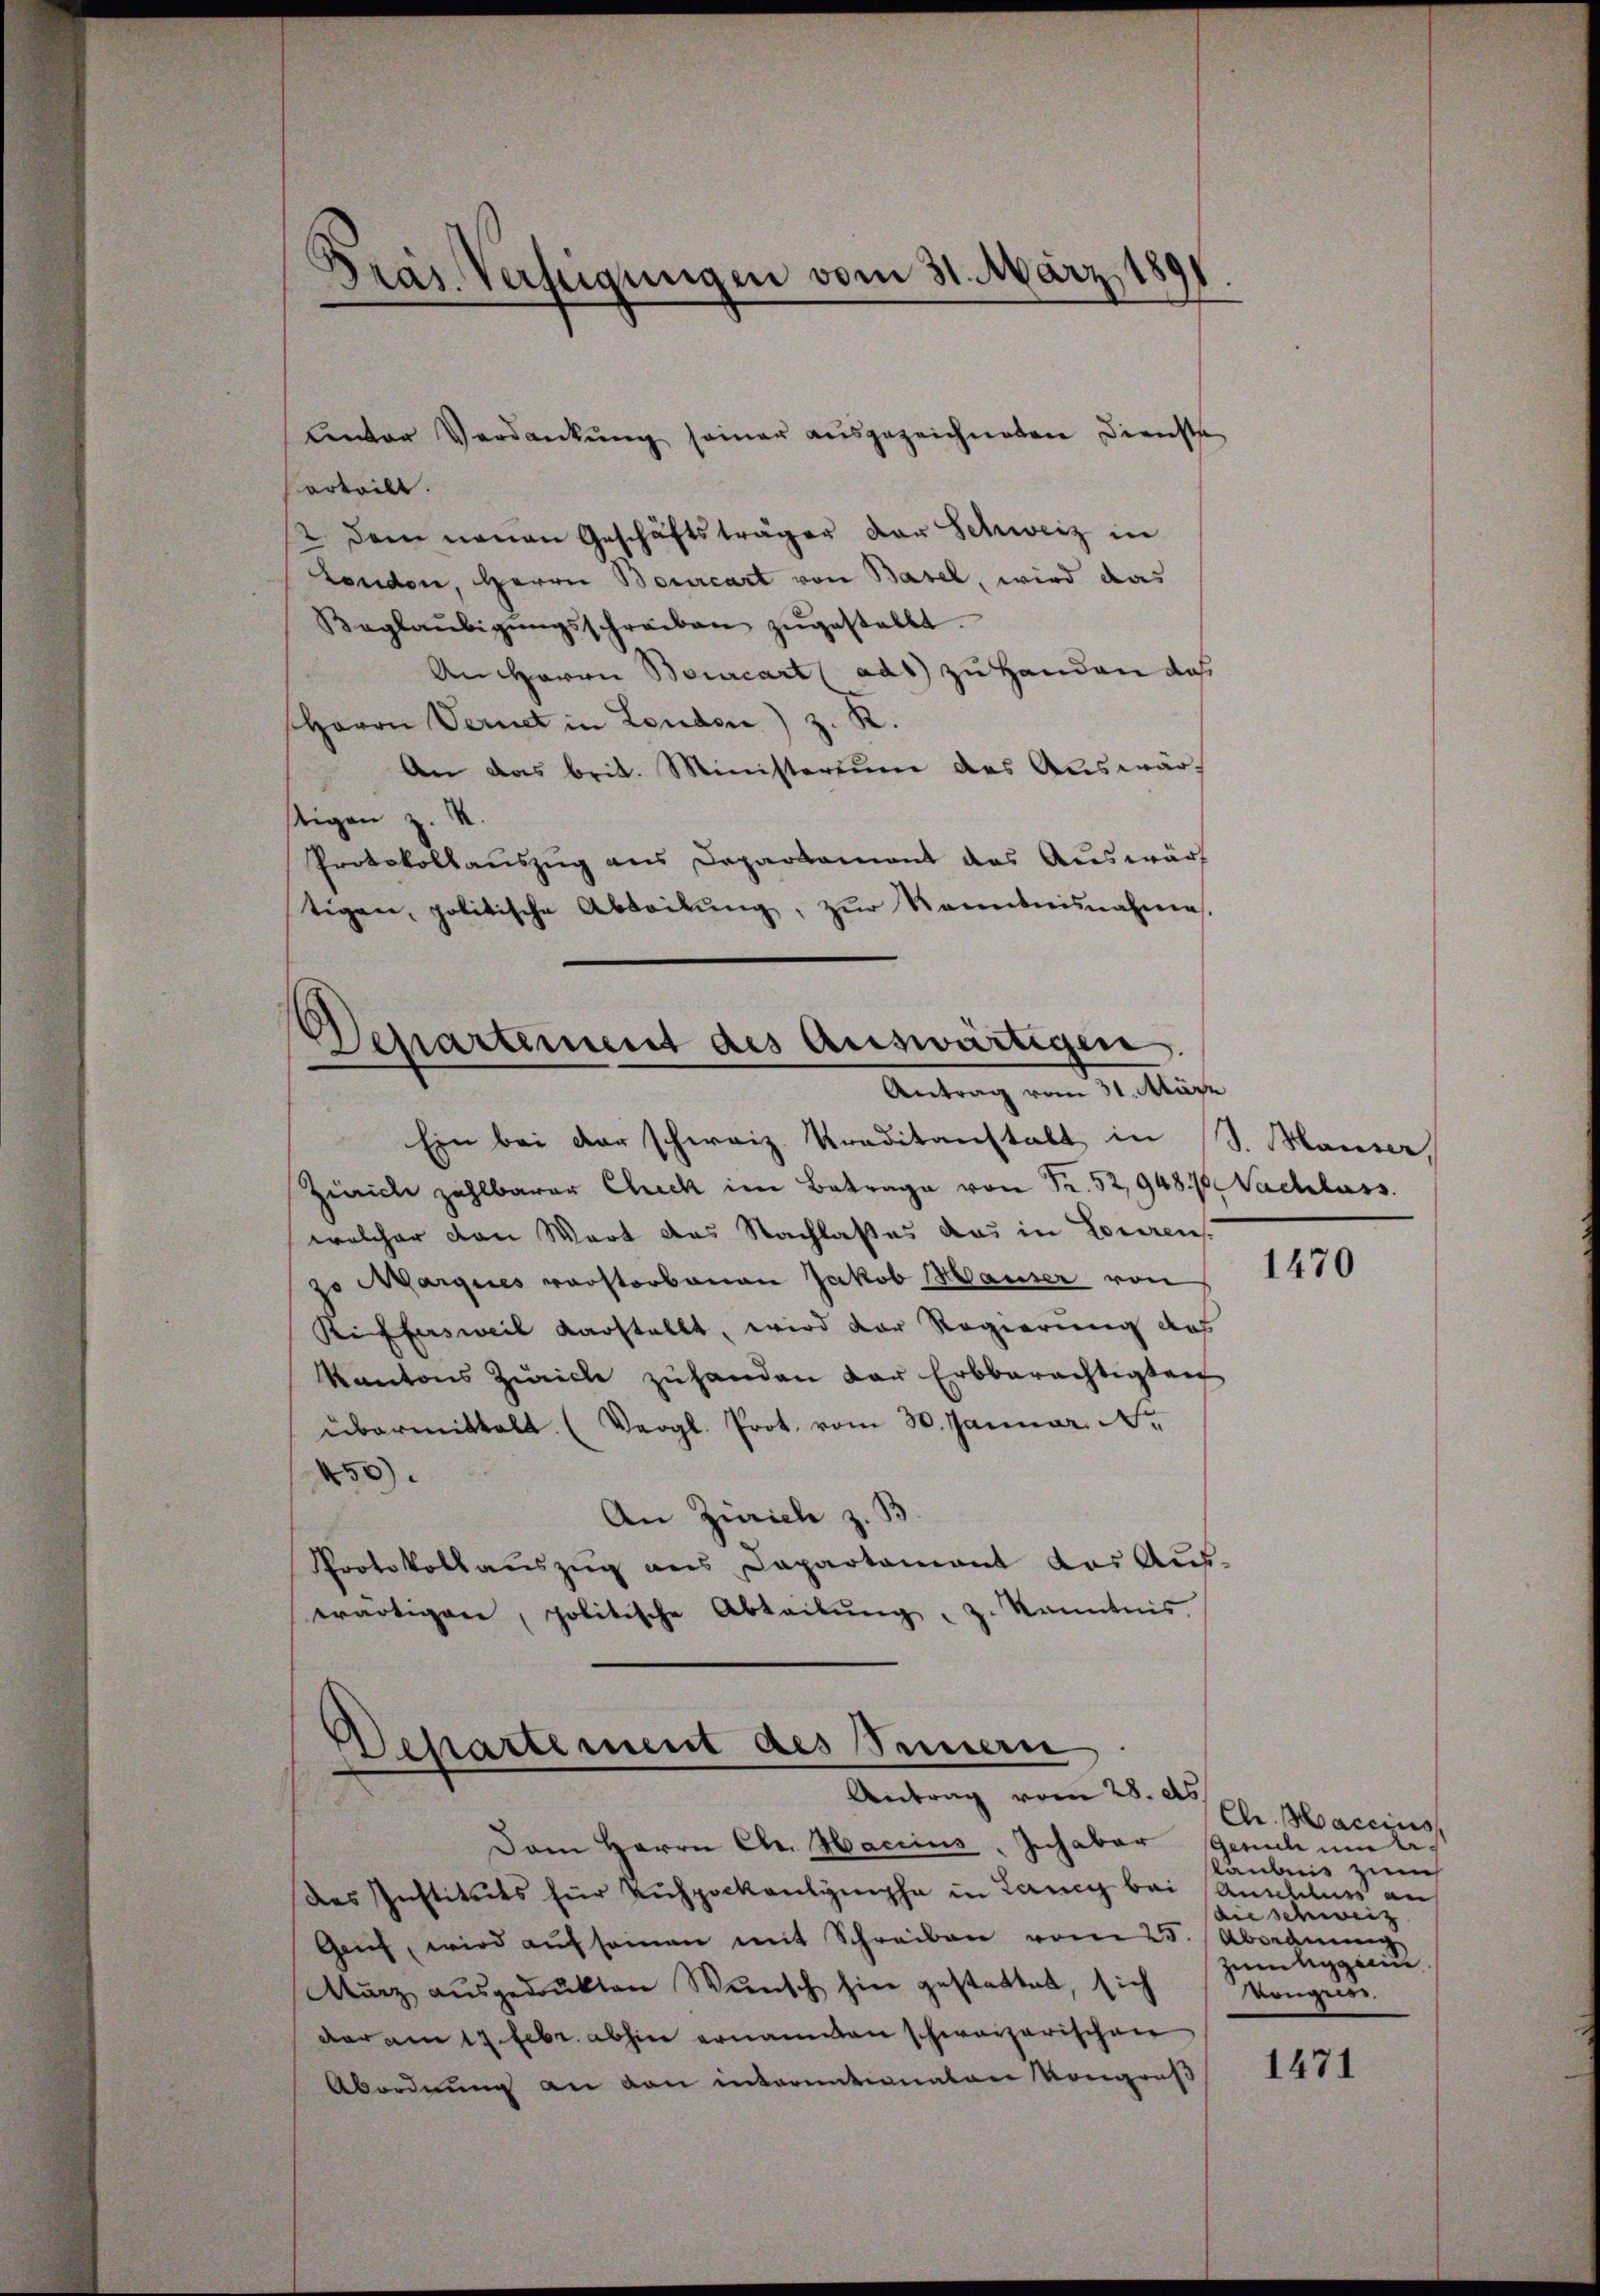
Präs. Verfügungen vom 31. März 189

unter Verdankung seiner ausgezeichneten Dienste
erteilt.
 dem neuen Geschäftsträger der Schweiz in
London, Herrn Bourcart von Basel, wird das
Baglaŭbigŭngsschreiben zŭgestellt.
An Herrn Bourcart ads) zu Handen das
(Herrn Vernet in London) z. R.
An das brit. Ministerium des Auswärstigen z.
Protokollauszug aus Departement das Auswärt
tigen, politische Abteilŭng, zŭr Kenntnisnahme.

Departement des Auswärtigen.
Antrag vom 31. März

Ein bei der schweiz. Traditanstalt in s. Mauser,
Zürich zahlbarer Check im Betrage von Fr. 52, 948 f. Nachlass.
welcher den Wort das Nachlaßes das in Lourens.
zo Margies verstorbenen Jakob Hauser von
Riffersweil darstellt, wird der Regierung das
Kantons Zürich zŭhanden der Erbberächtigteit
übermittelt. (Vergl. Prot. vom 30. Januar. No
50
An Zürich z. B
Protokollaŭszŭg ans Capartamant der Aŭs-
wärtigen, politische Abteilŭng, z. Kenntnis.

Separtement des Sinnern
Antrag vom 28. ds.

Dam Herrn Chr. Haccius, Inhaber Gesuch um bes
des Instituts für Ruchpockenlymphe in Lancy bei Anschluss an
Geief, wird aŭf seinen mit Schreiben vom 25. Abordnung
Murz ausgedrukten Wunsch hier gestattet, sich
dar am 17. Febr. abhin ernannten schweizerischen
Abordnung an den internationaten Kongruß

1470

Chr. Maccinis
laubnis zum
die schweiz
Zumleggerin
Vongniss

1471